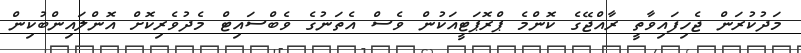
މަދުކުރަން ޖެހިފައިވާތީ ރާއްޖޭގެ ކޮންމެ ޕްރޮޕަޓީއަކުން ވެސް އެތަނުގެ ވެބްސައިޓް މެދުވެރިކޮށް އޮންލައިންބުކިން